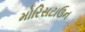
મોરિસટાઉન